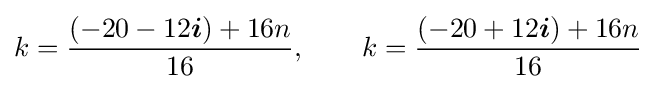
k={\frac {(-20-12{\boldsymbol {i}})+16n}{16}},\qquad k={\frac {(-20+12{\boldsymbol {i}})+16n}{16}}